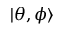
| \theta , \phi \rangle